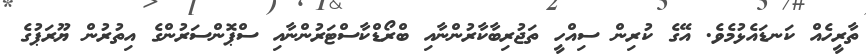
ތާރީހެއް ކަނޑައެޅުމެވެ. އޭގެ ކުރިން ސިއްހީ ތަޖުރިބާކާރުންނާއި ބްރޯޑްކާސްޓަރުންނާއި ސްޕޮންސަރުންގެ އިތުރުން ޔޫރަޕުގެ